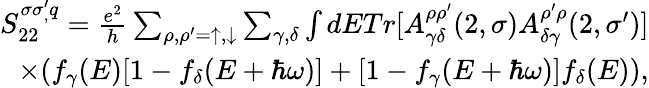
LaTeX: \begin{array}{r}{S_{22}^{\sigma\sigma_{,}^{\prime}q}=\frac{e^{2}}{h}\sum_{\rho,\rho^{\prime}=\uparrow,\downarrow}\sum_{\gamma,\delta}\int dETr[A_{\gamma\delta}^{\rho\rho^{\prime}}(2,\sigma)A_{\delta\gamma}^{\rho^{\prime}\rho}(2,\sigma^{\prime})]}\\ {\times(f_{\gamma}(E)[1-f_{\delta}(E+\hbar\omega)]+[1-f_{\gamma}(E+\hbar\omega)]f_{\delta}(E)),}\end{array}